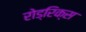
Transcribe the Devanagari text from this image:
रोड्रिक्स